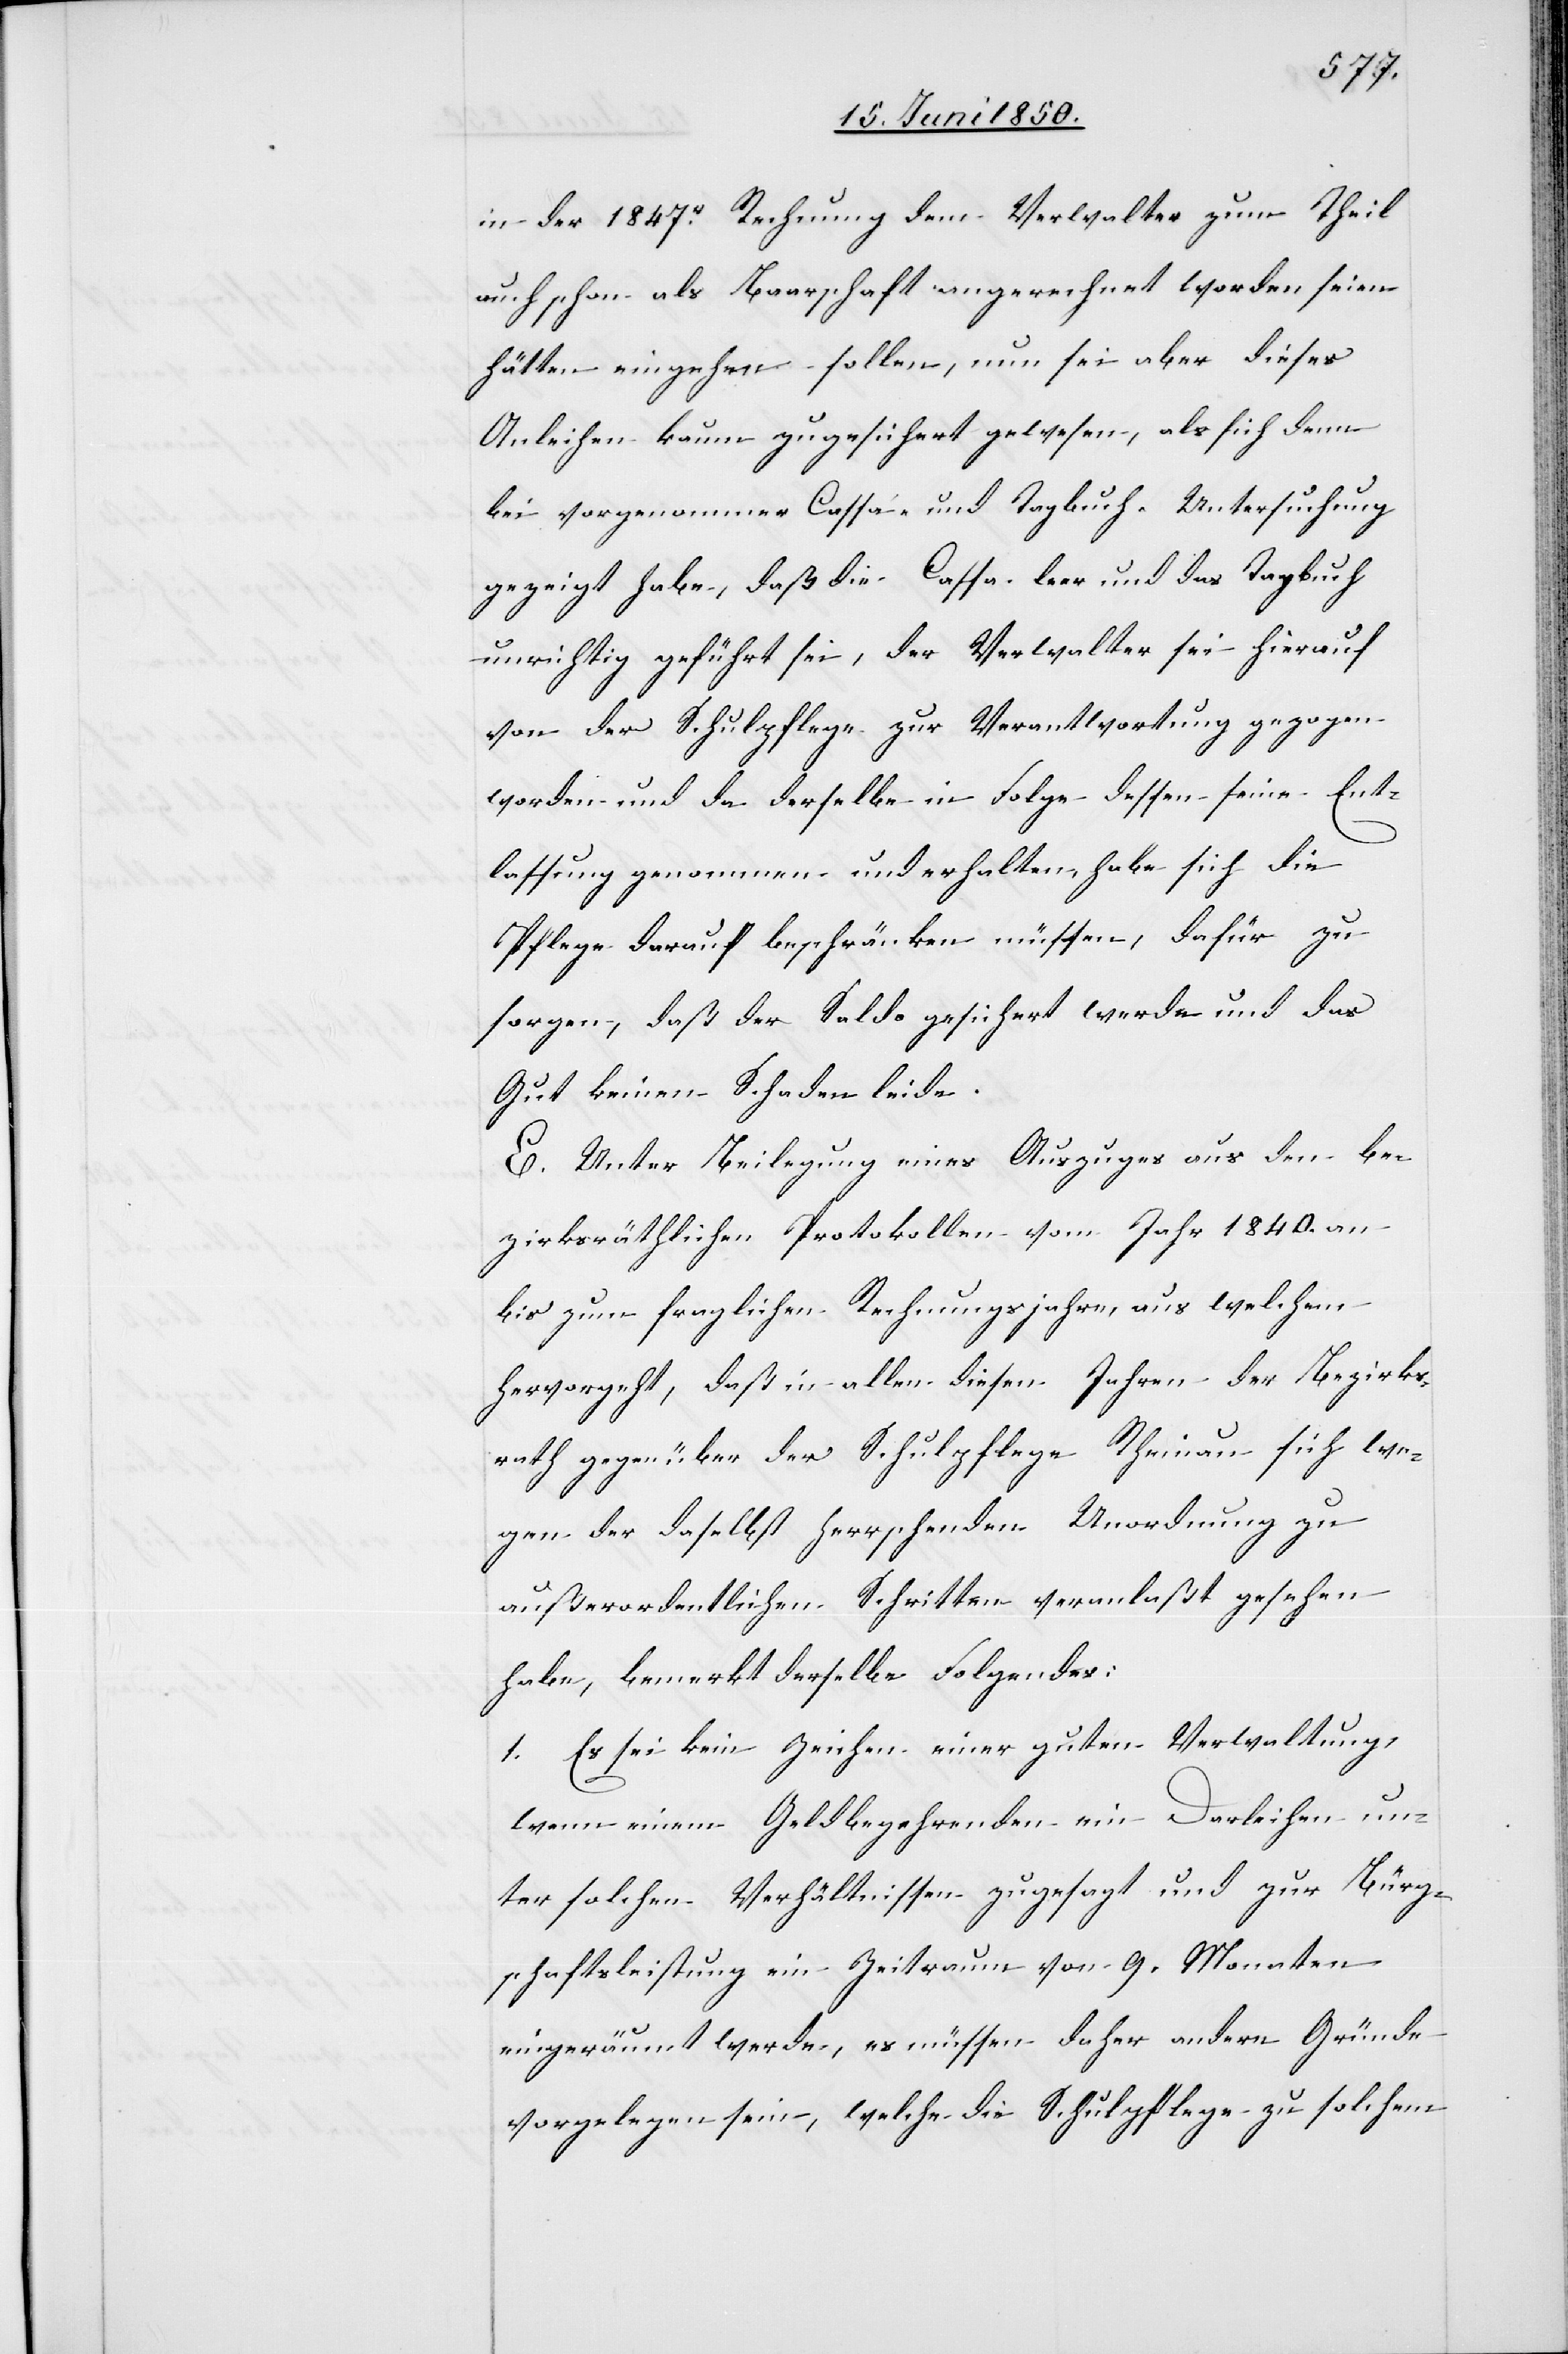
in der 1847r Rechnung dem Verwalter zum Theil
auch schon als Baarschaft angerechnet worden seien
hätten eingehen sollen, nun sei aber dieses
Anleihen kaum zugesichert gewesen, als sich denn
bei vorgenommener Cassa- und Tagbuch-Untersuchung
gezeigt habe, das die Cassa leer und das Tagbuch
unrichtig geführt sei, der Verwalter sei hierauf
von der Schulpflege zur Verantwortung gezogen
worden und da derselbe in Folge dessen seine Ent¬
lassung genommen und erhalten, habe sich die
Pflege darauf beschränken müssen, dafür zu
sorgen, daß der Saldo gesichert werde und das
Gut keinen Schaden leide.
E. Unter Beilegung eines Auszuges aus den be¬
zirksräthlichen Protokollen vom Jahr 1840. an
bis zum fraglichen Rechnungsjahre, aus welchem
hervorgeht, daß in allen diesen Jahren der Bezirks¬
rath gegenüber der Schulpflege Rheinau sich we¬
gen der daselbst herrschenden Unordnung zu
außerordentlichen Schritten veranlaßt gesehen
habe, bemerkt derselbe Folgendes.
1. Es sei kein Zeichen einer guten Verwaltung,
wenn einem Geldbegehrenden ein Darleihen un¬
ter solchen Verhältnissen zugesagt und zur Bürg¬
schaftsleistung ein Zeitraum von 9. Monaten
eingeräumt werde, es müssen daher andere Gründe
vorgelegen sein, welche die Schulpflege zu solchem